Leaving Certificate Examination (including Day School Certificate (Higher) General paper), 1926
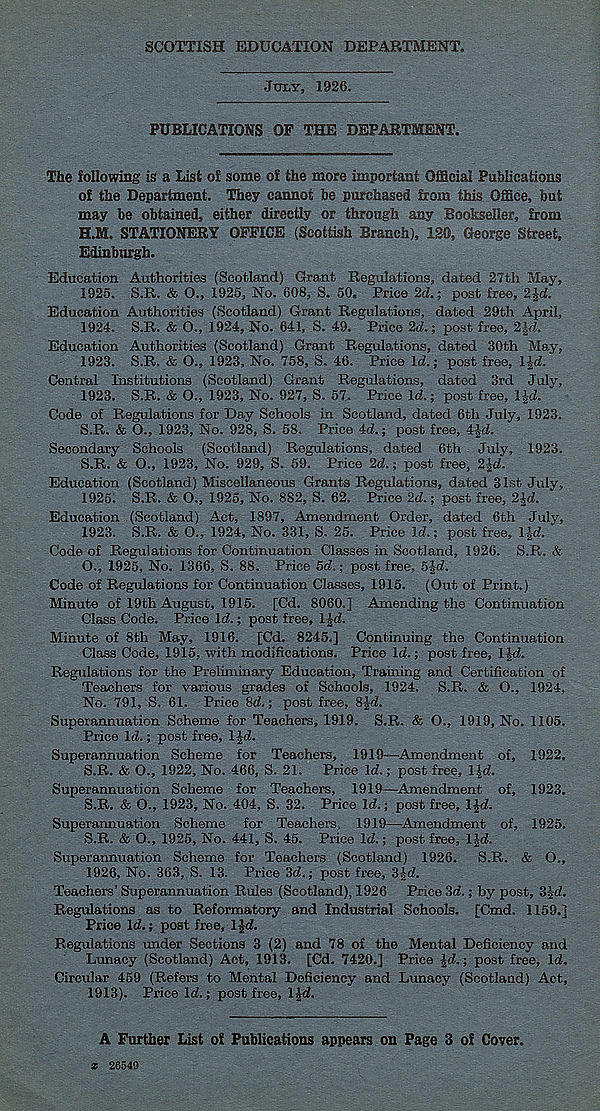
SCOTTISH EDUCATION DEPARTMENT.
JULY, 1926.
PUBLICATIONS OP THE DEPARTMENT.
The following is a List of some of the more important Official Publications
of the Department. They cannot be purchased from this Office, but
may be obtained, either directly or through any Bookseller, from
H.M. STATIONERY OFFICE (Scottish Branch), ISO, George Street,
Edinburgh.
Education Authorities (Scotland) Grant Regulations, dated 27th May,
1925. S.R. & O., 1925, No. 608, S. 50, Price 2d.; post free, 2 Jd.
Education Authorities (Scotland) Grant Regulations, dated 29th April,
1924. S.R. & O., 1924, No. 641, S. 49. Price 2d.; post free, 2Id.
Education Authorities (Scotland) Grant Regulations, dated 30th May,
1923. S.R. & O., 1923, No. 758, S. 46. Price Id.; post free, l|d.
Central Institutions (Scotland) Grant Regulations, dated 3rd July,
1923. S.R. & O., 1923, No. 927, S. 57. Price Id.; post free, l£d.
Code of Regulations for Day Schools in Scotland, dated 6th July, 1923.
S.R. & O., 1923, No. 928, S. 58. Price 4d.; post free, 4Jd.
Secondary Schools (Scotland) Regulations, dated 6th July, 1923.
S.R. & O., 1923, No. 929, S. 59. Price 2d.; post free, 2 Jd.
Education (Scotland) Miscellaneous Grants Regulations, dated 31st July,
1925. S.R. & O., 1925, No. 882, S. 62, Price 2d.; post free, 2Jd.
Education (Scotland) Act, 1897, Amendment Order, dated 6th July,
1923. S.R. & O., 1924, No. 331, S. 25. Price Id.; post free, l|d. * '
Code of Regulations for Continuation Classes in Scotland, 1926. S.R. &
O., 1925, No. 1366, S. 88. Price 5d.; post free, 5|d.
Code of Regulations for Continuation Classes, 1915. (Out of Print.)
Minute of 19th August, 1915. [Cd. 8060.] Amending the Continuation
Class Code, Price Id.; post free, lid.
Minute of 8th May, 1916. [Cd. 8245.] Continuing the Continuation
Class Code, 1915, with modifications. Price Id.; post free, 1 Id.
Regulations for the Preliminary Education, Training and Certification of
Teachers for various grades of Schools, 1924. S.R. & O., 1924,
No. 791, S. 61. Price 8d.; post free, 8|d.
Superannuation Scheme for Teachers, 1919. S.R. & O., 1919, No. 1105.
Price Id.; post free, l£d.
Superannuation Scheme for Teachers, 1919—Amendment of, 1922.
S.R. & O., 1922, No. 466, S. 21. Price Id.; post free, I Jd.
Superannuation Scheme for Teachers, 1919—Amendment of, 1923.
S.R. & O., 1923, No. 404, S. 32. Price Id.; post free, IJd.
Superannuation Scheme for Teachers, 1919—Amendment of, 1925.
S.R. & O., 1925, No. 441, S. 45. Price Id.; post free, 1 Jd.
Superannuation Scheme for Teachers (Scotland) 1926.
S.R. & O.,
1926. No. 363, S. 13. Price 3d.; post free, 3jd.
Teachers’ Superannuation Rules (Scotland), 1926 Price 3d.; by post, 3Jd.
Regulations as to Reformatory and Industrial Schools. [Cmd. 1159.]
Price Id.; post free, IJd.
Regulations under Sections 3 (2) and 78 of the Mental Deficiency and
Lunacy (Scotland) Act, 1913. [Cd. 7420.] Price |d.; post free. Id.
Circular 459 (Refers to Mental Deficiency and Lunacy (Scotland) Act,
1913). Price Id.; post free, l£d.
A Further List of Publications appears on Page 3 of Cover.
a 26549